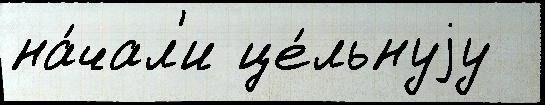
на́чал'и це́льнуjу